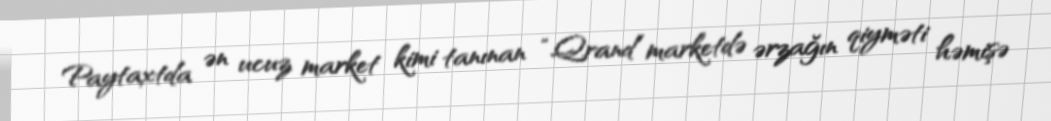
Paytaxtda ən ucuz market kimi tanınan “Qrand” marketdə ərzağın qiyməti həmişə